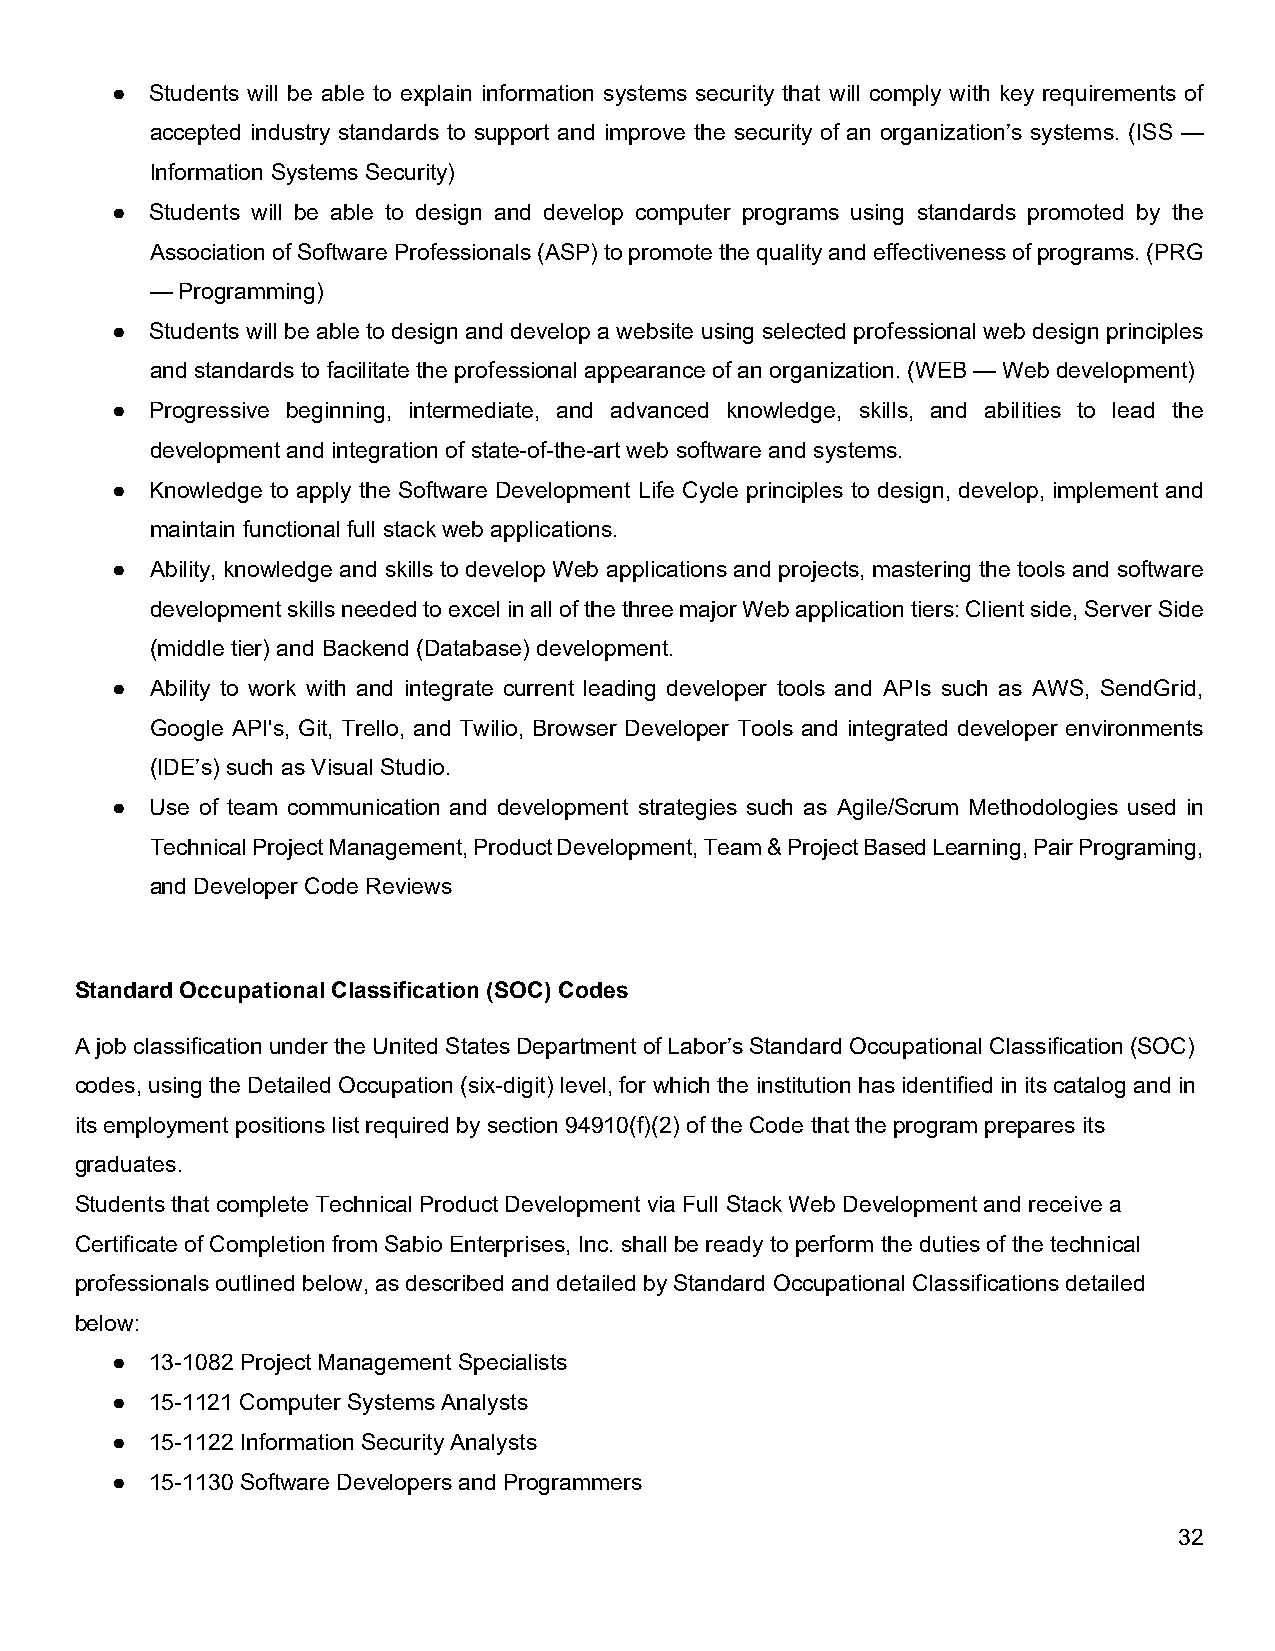
●  Students will be able to explain information systems security that will comply with key requirements of
 accepted industry standards to support and improve the security of an organization’s systems. (ISS —
 Information Systems Security)
 ●  Students will be able to design and develop computer programs using standards promoted by the
 Association of Software Professionals (ASP) to promote the quality and effectiveness of programs. (PRG
 — Programming)
 ●  Students will be able to design and develop a website using selected professional web design principles
 and standards to facilitate the professional appearance of an organization. (WEB — Web development)
 ●  Progressive beginning, intermediate, and advanced knowledge, skills, and abilities to lead the
 development and integration of state-of-the-art web software and systems.
 ●  Knowledge to apply the Software Development Life Cycle principles to design, develop, implement and
 maintain functional full stack web applications.
 ●  Ability, knowledge and skills to develop Web applications and projects, mastering the tools and software
 development skills needed to excel in all of the three major Web application tiers: Client side, Server Side
 (middle tier) and Backend (Database) development.
 ●  Ability to work with and integrate current leading developer tools and APIs such as AWS, SendGrid,
 Google API's, Git, Trello, and Twilio, Browser Developer Tools and integrated developer environments
 (IDE’s) such as Visual Studio.
 ●  Use of team communication and development strategies such as Agile/Scrum Methodologies used in
 Technical Project Management, Product Development, Team & Project Based Learning, Pair Programing,
 and Developer Code Reviews
 Standard Occupational Classification (SOC) Codes
 A job classification under the United States Department of Labor’s Standard Occupational Classification (SOC)
 codes, using the Detailed Occupation (six-digit) level, for which the institution has identified in its catalog and in
 its employment positions list required by section 94910(f)(2) of the Code that the program prepares its
 graduates.
 Students that complete Technical Product Development via Full Stack Web Development and receive a
 Certificate of Completion from Sabio Enterprises, Inc. shall be ready to perform the duties of the technical
 professionals outlined below, as described and detailed by Standard Occupational Classifications detailed
 below:
 ●  13-1082 Project Management Specialists
 ●  15-1121 Computer Systems Analysts
 ●  15-1122 Information Security Analysts
 ●  15-1130 Software Developers and Programmers
 32